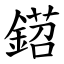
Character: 鍣